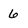
Character: 6